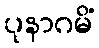
ပုနာဂမိံ